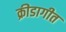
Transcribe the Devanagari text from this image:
क्रीडागीत